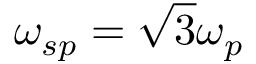
\omega _ { s p } = { \sqrt { 3 } } \omega _ { p }